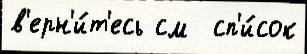
в'ерн'и́т'есь см  сп'и́сок